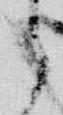
之